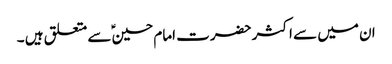
ان میں سے اکثر حضرت امام حسین ؑسے متعلق ہیں ۔